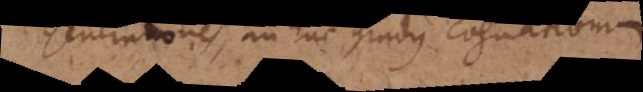
Generationes, an huc gradus cognationum.